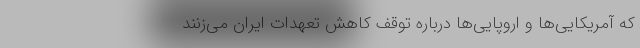
که آمریکایی‌ها و اروپایی‌ها درباره توقف کاهش تعهدات ایران می‌زنند